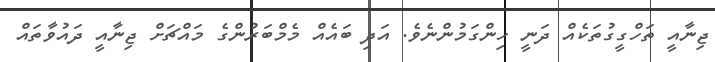
ޖިނާއީ ތަހްގީގުތަކެއް ދަނީ ހިންގަމުންނެވެ. އަދި ބައެއް މެމްބަރުންގެ މައްޗަށް ޖިނާއީ ދައުވާތައް